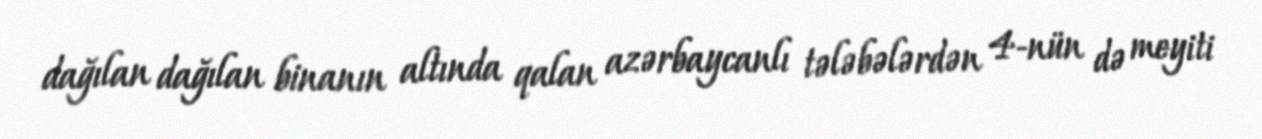
dağılan dağılan binanın altında qalan azərbaycanlı tələbələrdən 4-nün də meyiti